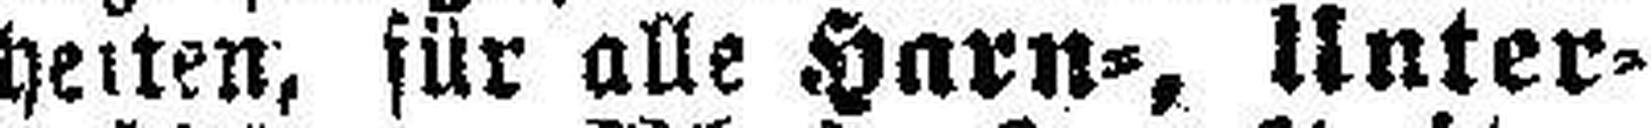
hellen, für alle Harn=, Unter¬